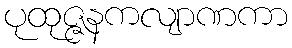
ပုထုဇ္ဇနကလျာဏကာ